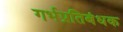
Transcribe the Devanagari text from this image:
गर्भप्रतिबंधक